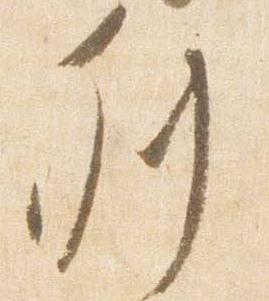
列